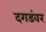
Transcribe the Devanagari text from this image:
दगडंवर